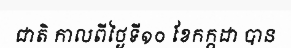
ជាតិ កាលពីថ្ងៃទី១០ ខែកក្កដា បាន